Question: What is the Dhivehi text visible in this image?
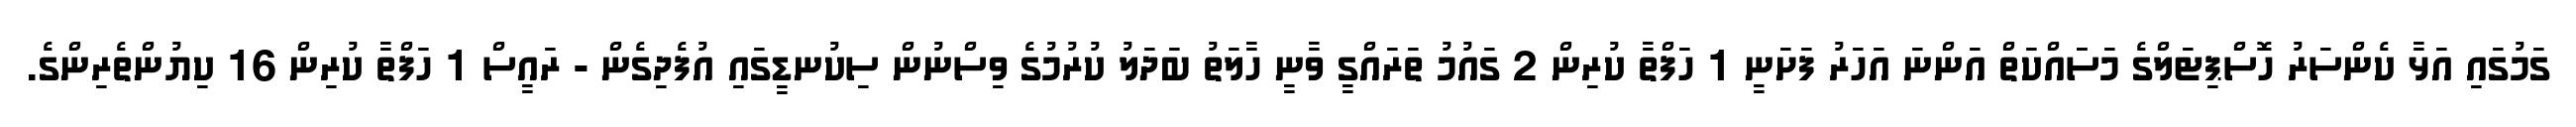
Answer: ގަމުގައި އަޅާ ކެންސަރު ހޮސްޕިޓަލްގެ މަސަައްކަތް އަންނަ އަހަރު ފަށަނީ 1 ހަފްތާ ކުރިން 2 ގައުމު ތަރައްގީ ވާނީ ހާލަތު ބަދަލު ކުރުމުގެ ވިސްނުން ސިކުނޑީގައި އުފެދިގެން - ރައީސް 1 ހަފްތާ ކުރިން 16 ކިޔުންތެރިންގެ.